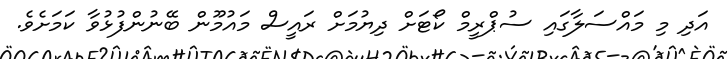
އަދި މި މައްސަލާގައި ސުޕްރީމް ކޯޓަށް ދިޔުމަށް ރައީސް މައުމޫން ބޭނުންފުޅުވާ ކަމަށެވެ.